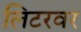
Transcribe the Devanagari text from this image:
लिटरवर